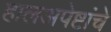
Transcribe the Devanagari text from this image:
हालअपेष्टांचे